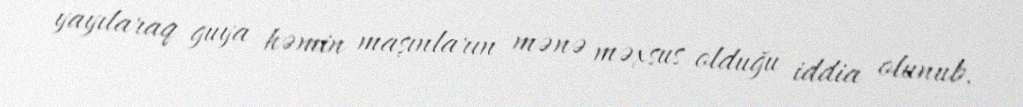
yayılaraq guya həmin maşınların mənə məxsus olduğu iddia olunub.